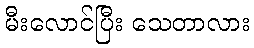
မီးလောင်ပြီး သေတာလား